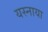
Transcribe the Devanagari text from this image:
यस्नाया